Annual administration report of the Civil Veterinary Department of India - 1898-1899
Year: 1898
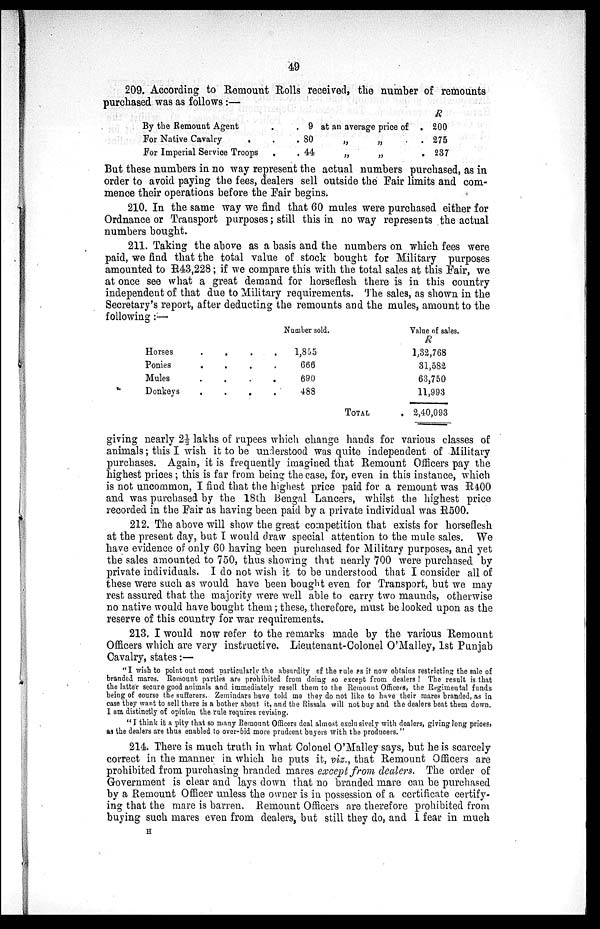
49
209. According to Remount Rolls received, the number of remounts
purchased was as follows:
By the Remount Agent
.
.
For Native Cavalry
.
.
.
For Imperial Service Troops
.
.
9
80
44
at an average price of .
„ „ .
„ „ .
R
200
275
237
But these numbers in no way represent the actual numbers purchased, as in
order to avoid paying the fees, dealers sell outside the Fair limits and com-
mence their operations before the Fair begins.
210. In the same way we find that 60 mules were purchased either for
Ordnance or Transport purposes; still this in no way represents the actual
numbers bought.
211. Taking the above as a basis and the numbers on which fees were
paid, we find that the total value of stock bought for Military purposes
amounted to R43,228; if we compare this with the total sales at this Fair, we
at once see what a great demand for horseflesh there is in this country
independent of that due to Military requirements. The sales, as shown in the
Secretary's report, after deducting the remounts and the mules, amount to the
following:—
Horses.
.
.
.
Ponies.
.
.
.
Mules.
.
.
.
Donkeys.
.
.
.
Number sold.
1,855
666
690
488
Value of sales.
R
1,32,768
31,582
63,750
11,993
TOTAL.
2,40,093
giving nearly 2½ lakhs of rupees which change hands for various classes of
animals; this I wish it to be understood was quite independent of Military
purchases. Again, it is frequently imagined that Remount Officers pay the
highest prices; this is far from being the case, for, even in this instance, which
is not uncommon, I find that the highest price paid for a remount was R400
and was purchased by the 18th Bengal Lancers, whilst the highest price
recorded in the Fair as having been paid by a private individual was R500.
212. The above will show the great competition that exists for horseflesh
at the present day, but I would draw special attention to the mule sales. We
have evidence of only 60 having been purchased for Military purposes, and yet
the sales amounted to 750, thus showing that nearly 700 were purchased by
private individuals. I do not wish it to be understood that I consider all of
these were such as would have been bought even for Transport, but we may
rest assured that the majority were well able to carry two maunds, otherwise
no native would have bought them; these, therefore, must be looked upon as the
reserve of this country for war requirements.
213. I would now refer to the remarks made by the various Remount
Officers which are very instructive. Lieutenant-Colonel O'Malley, 1st Punjab
Cavalry, states:—
"I wish to point out most particularly the absurdity of the rule as it now obtains restricting the sale of
branded mares. Remount parties are prohibited from doing so except from dealers! The result is that
the latter secure good animals and immediately resell them to the Remount Officers, the Regimental funds
being of course the sufferers. Zemindars have told me they do not like to have their mares branded, as in
case they want to sell there is a bother about it, and the Rissala will not buy and the dealers beat them down.
I am distinctly of opinion the rule requires revising.
"I think it a pity that so many Remount Officers deal almost exclusively with dealers, giving long prices,
as the dealers are thus enabled to over-bid more prudcent buyers with the producers."
214. There is much truth in what Colonel O'Malley says, but he is scarcely
correct in the manner in which he puts it, viz., that Remount Officers are
prohibited from purchasing branded mares except from dealers. The order of
Government is clear and lays down that no branded mare can be purchased
by a Remount Officer unless the owner is in possession of a certificate certify-
ing that the mare is barren. Remount Officers are therefore prohibited from
buying such mares even from dealers, but still they do, and I fear in much
H